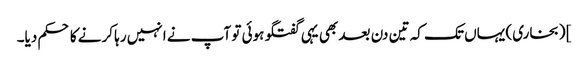
] (بخاری) یہاں تک کہ تین دن بعد بھی یہی گفتگو ہوئی تو آپ نے انہیں رہا کرنے کا حکم دیا۔